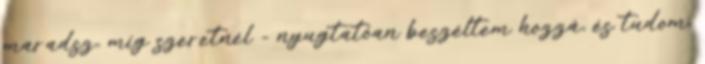
maradsz, míg szeretnél - nyugtatóan beszéltem hozzá, és tudom,